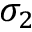
\sigma _ { 2 }